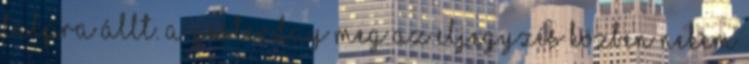
talpra állt. A Yesterday meg az eljegyzés közben nekem